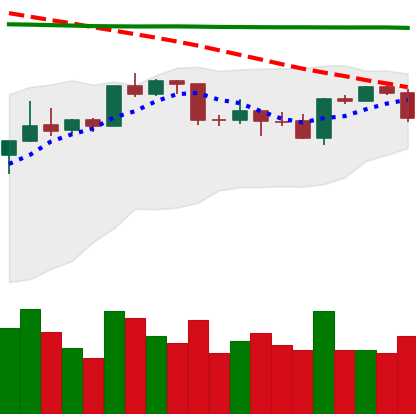
Ticker: BTC-USD
Chart end date: 2020-04-20
Forward return: 9.997%
Label: up_7plus